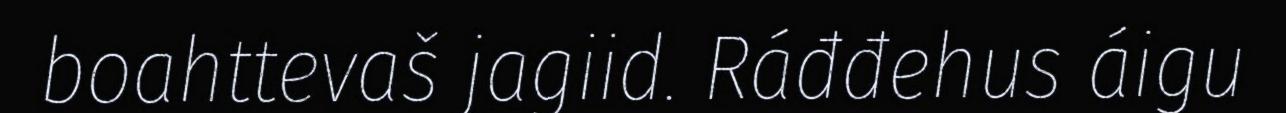
boahttevaš jagiid. Ráđđehus áigu